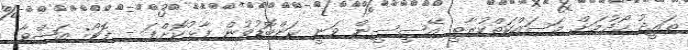
ތައީދު ހޯދުމަށް މަސައްކަތްކުރާތީ އޭސީސީން ވަނީ ކަންބޮޑުވުން ފާޅުކޮށްފަ - ފޮޓޯ: އަޝްވާ